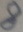
Text: 8